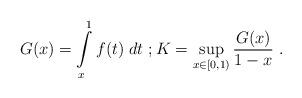
LaTeX: \begin{align*} G(x) = \int \limits_x^1 f(t) \; dt ~; K = \sup \limits_{x \in [0, 1)} \frac{G(x)}{1 - x} ~. \end{align*}